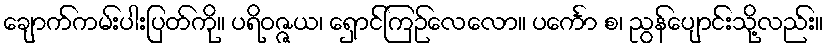
ချောက်ကမ်းပါးပြတ်ကို။ ပရိဝဇ္ဇယ၊ ရှောင်ကြဉ်လေလော။ ပင်္ကော စ၊ ညွန်ပျောင်းသို့လည်း။